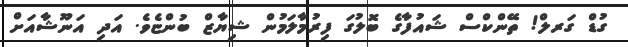
ގުޑް ގަރލް! ތޭންކްސް ޝައުފާގެ ބޮލުގަ ފިރުމާލަމުން ޝިޔާޒް ބުންޏެވެ. އަދި އަނޫޝާއަށް